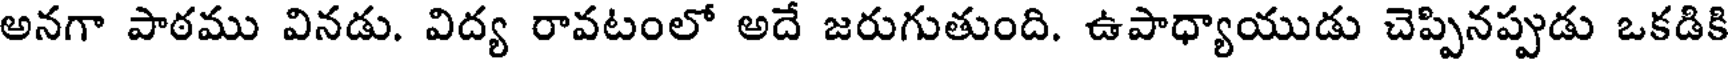
అనగా పాఠము వినడు. విద్య రావటంలో అదే జరుగుతుంది. ఉపాధ్యాయుడు చెప్పినప్పుడు ఒకడికి